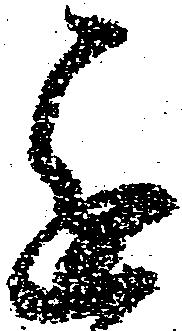
進